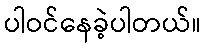
ပါဝင်နေခဲ့ပါတယ်။